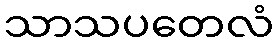
သာသပတေလံ